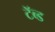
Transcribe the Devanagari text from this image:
टॅब्ड